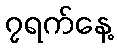
၇ရက်နေ့